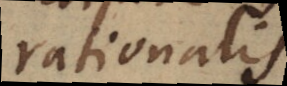
rationalis